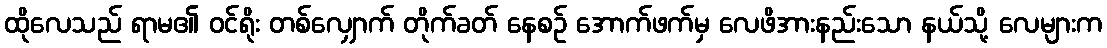
ထိုလေသည် ရာမ၏ ဝင်ရိုး တစ်လျှောက် တိုက်ခတ် နေစဉ် အောက်ဖက်မှ လေဖိအားနည်းသော နယ်သို့ လေများက